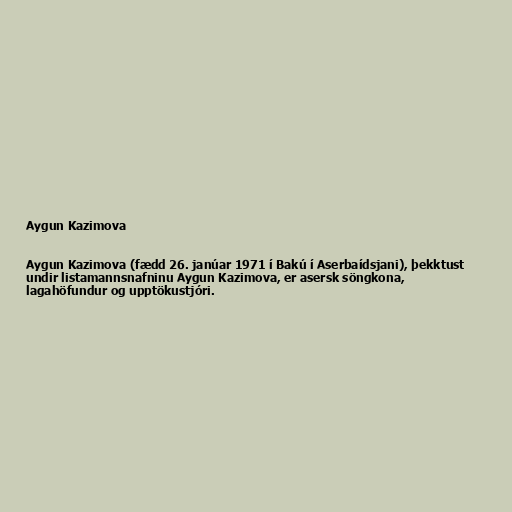
Aygun Kazimova

Aygun Kazimova (fædd 26. janúar 1971 í Bakú í Aserbaídsjani), þekktust
undir listamannsnafninu Aygun Kazimova, er asersk söngkona,
lagahöfundur og upptökustjóri.